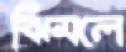
ঝিমলে